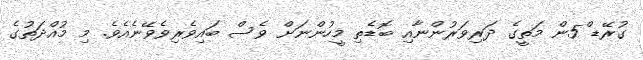
ގުރޭޑ ް5ން މަތީގެ ދަރިވަރުންނާއި ބޮޑެތި މީހުންނަށް ވެސް ބައިވެރިވެވޭނެއެވެ. މި މުއްދަތުގެ